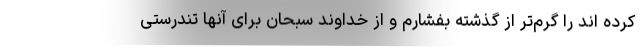
کرده اند را گرم‌تر از گذشته بفشارم و از خداوند سبحان برای آنها تندرستی